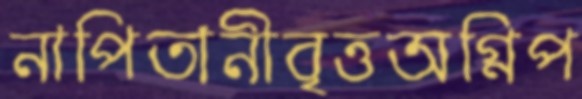
নাপিতানীবৃত্তঅগ্নিপ